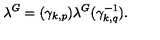
\lambda ^ { G } = ( { \gamma } _ { k , p } ) \lambda ^ { G } ( { \gamma } _ { k , q } ^ { - 1 } ) .